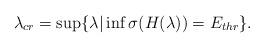
\begin{align*} \lambda_{cr} = \sup\{\lambda | \inf \sigma (H(\lambda)) = E_{thr}\} . \end{align*}